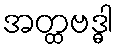
အတ္ထဗဒ္ဓါ